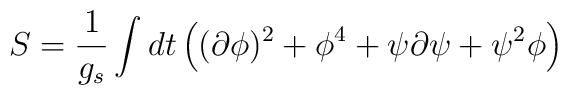
S = {1 \over g_s} \int dt \left( (\partial \phi)^2 + \phi^4 + \psi\partial \psi + \psi^2 \phi \right)